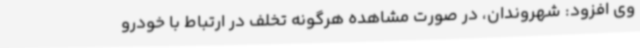
وی افزود: شهروندان، در صورت مشاهده هرگونه تخلف در ارتباط با خودرو